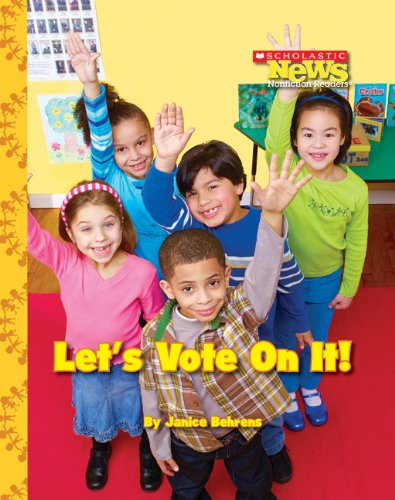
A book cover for Let's Vote on It! (Scholastic News Nonfiction Readers: We the Kids); Janice Behrens; Children's Books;